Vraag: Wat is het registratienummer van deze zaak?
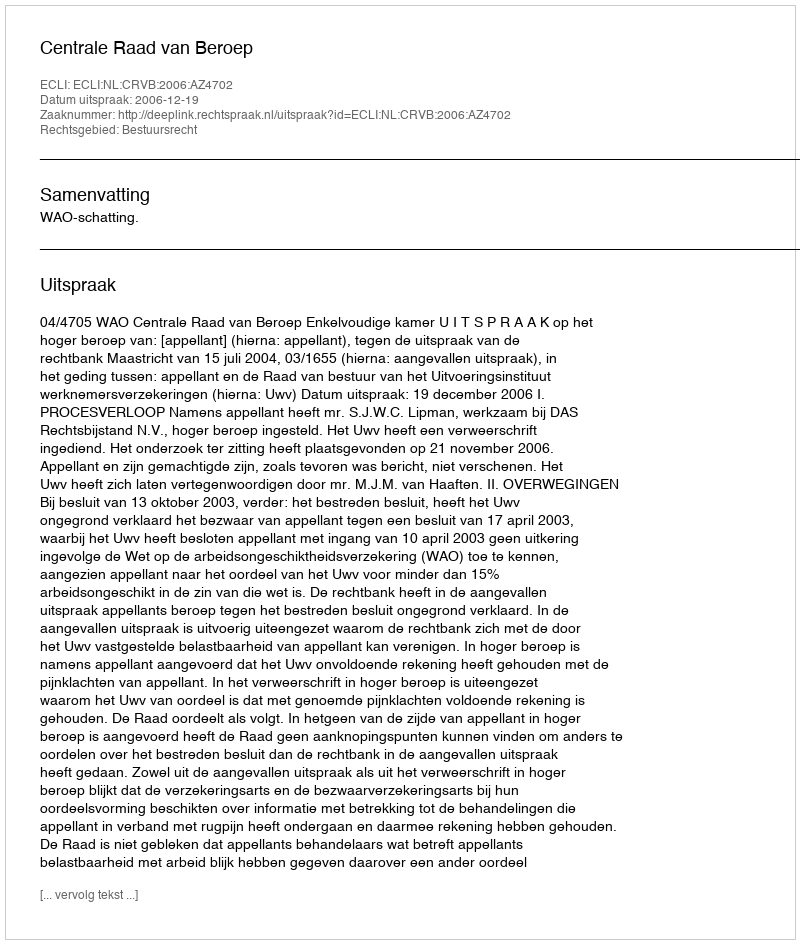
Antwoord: http://deeplink.rechtspraak.nl/uitspraak?id=ECLI:NL:CRVB:2006:AZ4702